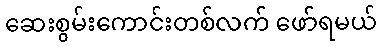
ဆေးစွမ်းကောင်းတစ်လက် ဖော်ရမယ်